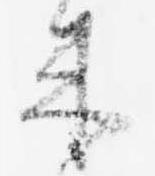
来